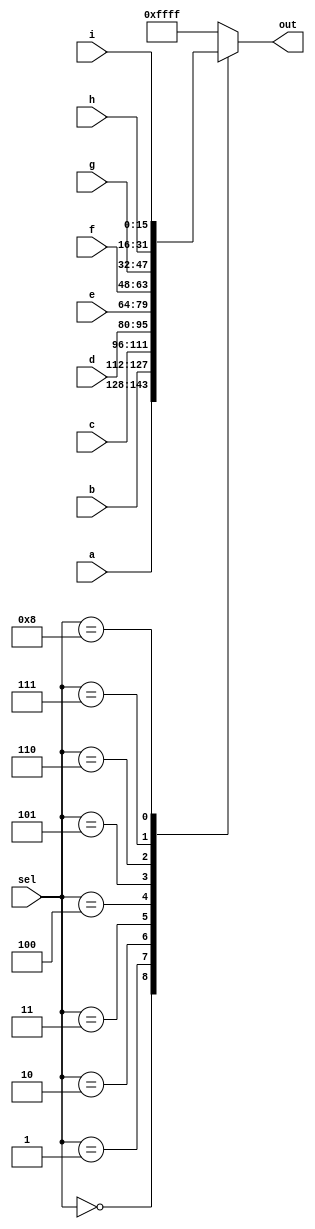
//2022_10_31 kerong
//9-to-1 multiplexer
module top_module( 
    input [15:0] a, b, c, d, e, f, g, h, i,
    input [3:0] sel,
    output reg[15:0] out );

always @(*) begin
    case(sel)
        4'd0 : out = a;
        4'd1 : out = b;
        4'd2 : out = c;
        4'd3 : out = d;
        4'd4 : out = e;
        4'd5 : out = f;
        4'd6 : out = g;
        4'd7 : out = h;
        4'd8 : out = i;
        default : out = 16'b1111_1111_1111_1111;
    endcase
end

endmodule